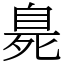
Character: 臰